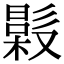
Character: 𣚤